Report of the Indian Hemp Drugs Commission, 1894-1895 - Volume V
Year: 1894
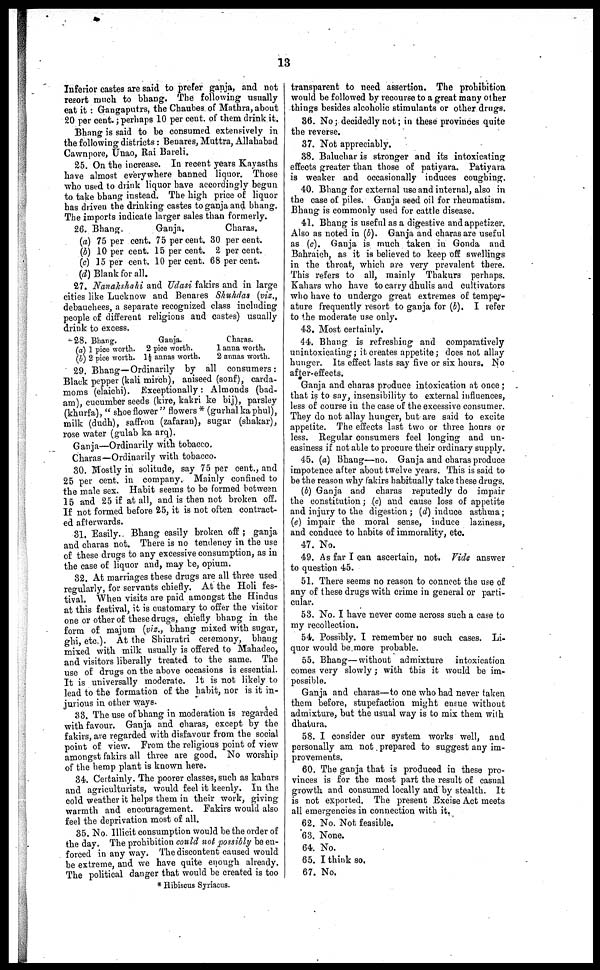
13
Inferior castes are said to prefer ganja, and not
resort much to bhang. The following usually
eat it : Gangaputrs, the Chaubes of Mathra, about
20 per cent.; perhaps 10 per cent. of them drink it.
Bhang is said to be consumed extensively in
the following districts: Benares, Muttra, Allahabad
Cawnpore, Unao, Rai Bareli.
25. On the increase. In recent years Kayasths
have almost everywhere banned liquor. Those
who used to drink liquor have accordingly begun
to take bhang instead. The high price of liquor
has driven the drinking castes to ganja and bhang.
The imports indicate larger sales than formerly.
26. Bhang,
(a) 75 per cent.
(b) 10 per cent.
(c) 35 per cent.
(d) Blank for all.
Ganja.
75 percent.
15 per cent.
10 per cent.
Charas.
30 per cent.
2 per cent.
68 per cent.
27. Nanakshahi and Udasi fakirs and in large
cities like Lucknow and Benares Shukdas (viz.,
debauchees, a separate recognized class including
people of different religions and castes) usually
drink to excess.
28. Bhang.
(a) 1 pice worth.
(b) 2 pice worth.
Ganja.
2 pice worth.
1½ annas worth.
Charas.
1 anna worth.
2 annas worth.
29. Bhang—Ordinarily by all consumers:
Black: pepper (kali mirch), aniseed (sonf), carda-
moms (elaichi). Exceptionally: Almonds (bad-
am), cucumber seeds (kire, kakri ke bij), parsley
(khurfa), " shoe flower" flowers* (gurhal ka phul),
milk (dudh), saffron (zafaran), sugar (shakar),
rose water (gulab ka arq).
Ganja—Ordinarily with tobacco.
Charas—Ordinarily with tobacco.
30. Mostly in solitude, say 75 per cent., and
25 per cent. in company. Mainly confined to
the male sex. Habit seems to be formed between
15 and 25 if at all, and is then not broken off.
If not formed before 25, it is not often contract-
ed afterwards.
81. Easily. Bhang easily broken off ; ganja
and charas not. There is no tendency in the use
of these drugs to any excessive consumption, as in
the case of liquor and, may be, opium.
32. At marriages these drugs are all three used
regularly, for servants chiefly. At the Holi fes-
tival. When visits are paid amongst the Hindus
at this festival, it is customary to offer the visitor
one or other of these drugs, chiefly bhang in the
form of majum (viz., bhang mixed with sugar,
ghi, etc.). At the Shiuratri ceremony, bhaug
mixed with milk usually is offered to Mahadeo,
and visitors liberally treated to the same. The
use of drugs on the above occasions is essential.
It is universally moderate. It is not likely to
lead to the formation of the habit, nor is it in-
jurious in other ways.
33. The use of bhang in moderation is regarded
with favour. Ganja and charas, except by the
fakirs, are regarded with disfavour from the social
point of view. From the religious point of view
amongst fakirs all three are good. No worship
of the hemp plant is known here.
34. Certainly. The poorer classes, such as kahars
and agriculturists, would feel it keenly. In the
cold weather it helps them in their work, giving
warmth and encouragement. Fakirs would also
feel the deprivation most of all.
35. No. Illicit consumption would be the order of
the day. The prohibition could not possibly be en-
forced in any way. The discontent caused would
be extreme, and we have quite enough already.
The political danger that would be created is too
transparent to need assertion. The prohibition
would be followed by recourse to a great many other
things besides alcoholic stimulants or other drugs.
36. No; decidedly not; in these provinces quite
the reverse.
37. Not appreciably.
38. Baluchar is stronger and its intoxicating
effects greater than those of patiyara. Patiyara
is weaker and occasionally induces coughing.
40. Bhang for external use and internal, also in
the case of piles. Ganja seed oil for rheumatism.
Bhang is commonly used for cattle disease.
41. Bhang is useful as a digestive and appetizer.
Also as noted in (b). Ganja and charas are useful
as (c). Ganja is much taken in Gonda and
Bahraich, as it is believed to keep off swellings
in the throat, which are very prevalent there.
This refers to all, mainly Thakurs perhaps.
Kahars who have to carry dhulis and cultivators
who have to undergo great extremes of temper-
ature frequently resort to ganja for (b). I refer
to the moderate use only.
43. Most certainly.
44. Bhang is refreshing and comparatively
unintoxicating; it creates appetite; does not allay
hunger. Its effect lasts say five or six hours. No
after-effects.
Ganja and charas produce intoxication at once ;
that is to say, insensibility to external influences,
less of course in the case of the excessive consumer.
They do not allay hunger, but are said to excite
appetite. The effects last two or three hours or
less. Regular consumers feel longing and un-
easiness if not able to procure their ordinary supply.
45. (a) Bhang—no. Ganja and charas produce
impotence after about twelve years. This is said to
be the reason why fakirs habitually take these drugs.
(b) Ganja and charas reputedly do impair
the constitution; (c) and cause loss of appetite
and injury to the digestion ; (d) induce asthma;
(e) impair the moral sense, induce laziness,
and conduce to habits of immorality, etc.
47. No.
49. As far I can ascertain, not. Vide answer
to question 45.
51. There seems no reason to connect the use of
any of these drugs with crime in general or parti-
cular.
53. No. I have never come across such a case to
my recollection.
54. Possibly. I remember no such cases. Li-
quor would be more probable.
55. Bhang—without admixture intoxication
comes very slowly; with this it would be im-
possible.
Ganja and charas—to one who had never taken
them before, stupefaction might ensue without
admixture, but the usual way is to mix them with
dhatura.
58. I consider our system works well, and
personally am not prepared to suggest any im-
provements.
60. The ganja that is produced in these pro-
vinces is for the most part the result of casual
growth and consumed locally and by stealth. It
is not exported. The present Excise Act meets
all emergencies in connection with it.
62. No. Not feasible.
63. None.
64. No.
65. I think so.
67. No.
* Hibiscus Synacus.